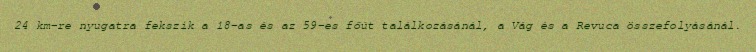
24 km-re nyugatra fekszik a 18-as és az 59-es főút találkozásánál, a Vág és a Revuca összefolyásánál.